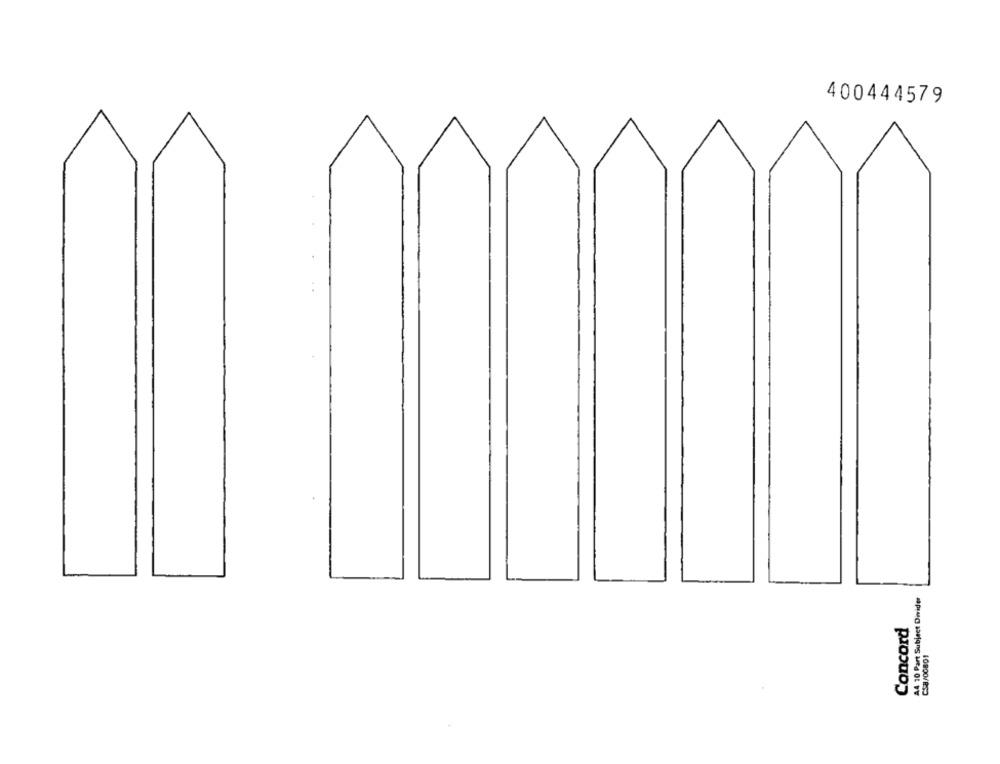
400444579
A4 10 Part Subject Divider
Concord